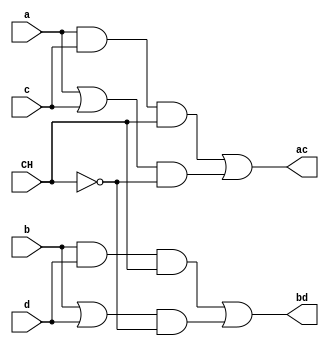
// ------------------------- 
// Exemplo0032 - F4 
// Nome: Oswaldo Oliveira Paulino
// ------------------------- 

// ------------------------- 
// f4_gate 
// ------------------------- 

module Q02 (output ac, output bd, input a, input b, input c, input d, input CH);
	wire ANDac, ORac, ANDbd, ORbd, n0, n1, s0, s1, s2, s3;
	and AAC(ANDac, a, c);
	or  OAC(ORac, a, c);
	and ABD(ANDbd, b, d);
	or  OBD(ORbd, b, d);
	not N0(n0, CH);
	not N1(n1, CH);
	and ANDs0(s0, ANDac, CH);
	and ANDs1(s1, ORac, n0);
	and ANDs2(s2, ANDbd, CH);
	and ANDs3(s3, ORbd, n1);
	or  s0s1(ac, s0, s1);
	or  s2s3(bd, s2, s3);
endmodule

module test_f4; 
// ------------------------- definir dados 
	reg 	a, b, c, d;
	reg 	ch;
	wire 	s0, s1;
	
	Q02 CIRC02(s0, s1, a, b, c, d, ch);
	
initial begin:start
	a = 0;
	b = 0;
	c = 0;
	d = 0;
	ch = 0;  
end 
// ------------------------- parte principal 
initial begin 
	$display("Exemplo0032 - Oswaldo Oliveira Paulino - 382175"); 
	$display("Test LU's module"); 
	$monitor("%b%b || %b%b = %b%b", a, b, c, d, s0, s1); 
	$display("Valor da chave 0");
		
	#1
	a = 0; b = 0; c = 0; d = 0; ch = 0;
	#1
	a = 0; b = 0; c = 0; d = 1; ch = 0;
	#1
	a = 0; b = 0; c = 1; d = 0; ch = 0;
	#1
	a = 0; b = 0; c = 1; d = 1; ch = 0;
	#1
	a = 0; b = 1; c = 0; d = 0; ch = 0;
	#1
	a = 0; b = 1; c = 0; d = 1; ch = 0;
	#1
	a = 0; b = 1; c = 1; d = 0; ch = 0;		
	#1
	a = 0; b = 1; c = 1; d = 1; ch = 0;
	#1
	a = 1; b = 0; c = 0; d = 0; ch = 0;
	#1
	a = 1; b = 0; c = 0; d = 1; ch = 0;
	#1
	a = 1; b = 0; c = 1; d = 0; ch = 0;
	#1
	a = 1; b = 0; c = 1; d = 1; ch = 0;
	#1
	a = 1; b = 1; c = 0; d = 0; ch = 0;
	#1
	a = 1; b = 1; c = 0; d = 1; ch = 0;
	#1
	a = 1; b = 1; c = 1; d = 0; ch = 0;
	#1
	a = 1; b = 1; c = 1; d = 1; ch = 0;
	#1
	a = 0; b = 0; c = 0; d = 0; ch = 1;
		
	$display("\nValor da chave 1");
	$monitor("%b%b & %b%b = %b%b", a, b, c, d, s0, s1);
	#1
	a = 0; b = 0; c = 0; d = 1; ch = 1;
	#1
	a = 0; b = 0; c = 1; d = 0; ch = 1;
	#1
	a = 0; b = 0; c = 1; d = 1; ch = 1;
	#1
	a = 0; b = 1; c = 0; d = 0; ch = 1;
	#1
	a = 0; b = 1; c = 0; d = 1; ch = 1;
	#1
	a = 0; b = 1; c = 1; d = 0; ch = 1;		
	#1
	a = 0; b = 1; c = 1; d = 1; ch = 1;
	#1
	a = 1; b = 0; c = 0; d = 0; ch = 1;
	#1
	a = 1; b = 0; c = 0; d = 1; ch = 1;
	#1
	a = 1; b = 0; c = 1; d = 0; ch = 1;
	#1
	a = 1; b = 0; c = 1; d = 1; ch = 1;
	#1
	a = 1; b = 1; c = 0; d = 0; ch = 1;
	#1
	a = 1; b = 1; c = 0; d = 1; ch = 1;
	#1
	a = 1; b = 1; c = 1; d = 0; ch = 1;
	#1
	a = 1; b = 1; c = 1; d = 1; ch = 1;
end 

endmodule // test_f4 

// -------------------------- Documentacao complementar
/*
    Exemplo0032 - Oswaldo Oliveira Paulino - 382175
    Test LU's module
    Valor da chave 0
    00 || 00 = 00
    00 || 01 = 01
    00 || 10 = 10
    00 || 11 = 11
    01 || 00 = 01
    01 || 01 = 01
    01 || 10 = 11
    01 || 11 = 11
    10 || 00 = 10
    10 || 01 = 11
    10 || 10 = 10
    10 || 11 = 11
    11 || 00 = 11
    11 || 01 = 11
    11 || 10 = 11
    11 || 11 = 11
    
    Valor da chave 1
    00 & 00 = 00
    00 & 01 = 00
    00 & 10 = 00
    00 & 11 = 00
    01 & 00 = 00
    01 & 01 = 01
    01 & 10 = 00
    01 & 11 = 01
    10 & 00 = 00
    10 & 01 = 00
    10 & 10 = 10
    10 & 11 = 10
    11 & 00 = 00
    11 & 01 = 01
    11 & 10 = 10
    11 & 11 = 11
*/